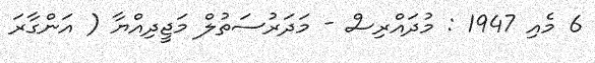
6 މެއި 1947 : މުދައްރިސް - މަދަރުސަތުލް މަޖީދިއްޔާ ( އަންގާރަ